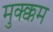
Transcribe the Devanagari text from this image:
मुक्क्कम